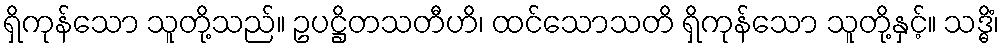
ရှိကုန်သော သူတို့သည်။ ဥပဋ္ဌိတသတီဟိ၊ ထင်သောသတိ ရှိကုန်သော သူတို့နှင့်။ သဒ္ဓိံ၊